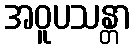
အဝူပသန္တာ